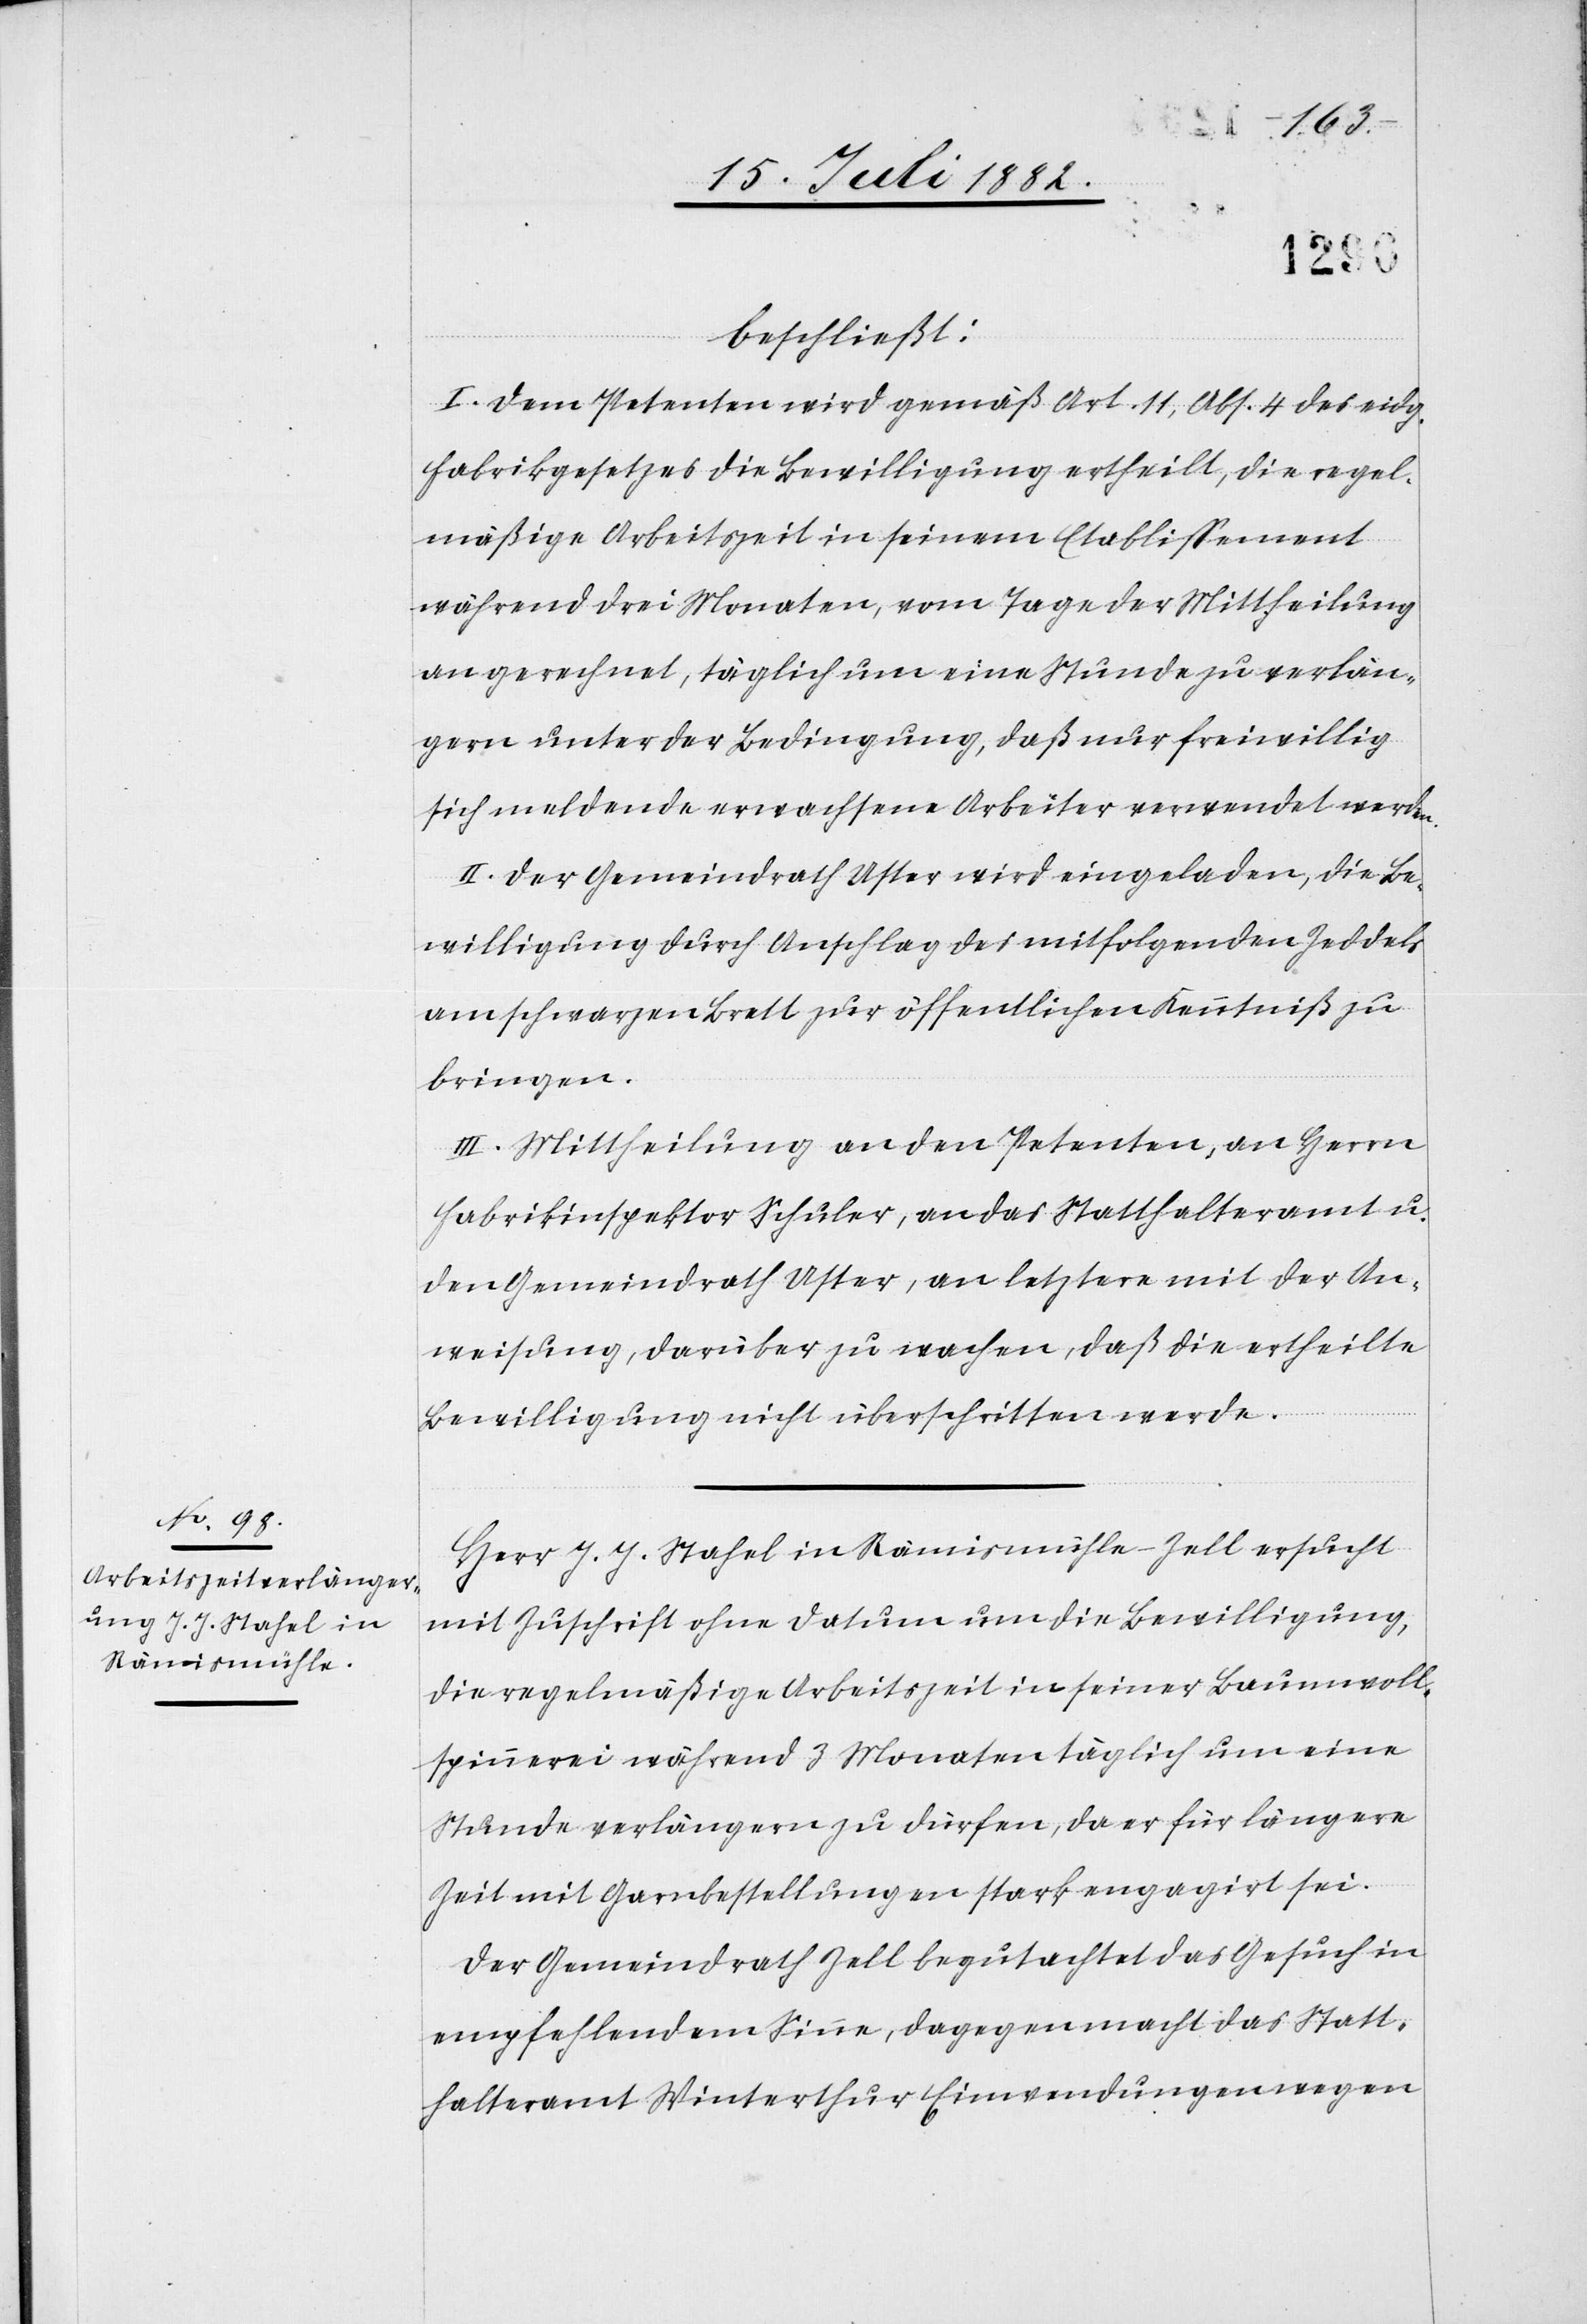
beschließt:
I. Dem Petenten wird gemäß Art. 11, Abs. 4 des eidg.
Fabrikgesetzes die Bewilligung ertheilt, die regel¬
mäßige Arbeitszeit in seinem Etablissement
während drei Monaten, vom Tage der Mittheilung
an gerechnet, täglich um eine Stunde zu verlän¬
gern unter der Bedingung, daß nur freiwillig
sich meldende erwachsene Arbeiter verwendet werden.
II. Der Gemeindrath Uster wird eingeladen, die Be¬
willigung durch Anschlag des mitfolgenden Zeddels
am schwarzen Brett zur öffentlichen Kenntniß zu
bringen.
III. Mittheilung an den Petenten, an Herrn
Fabrikinspektor Schuler, an das Statthalteramt u.
den Gemeindrath Uster, an letztere mit der An¬
weisung, darüber zu wachen, daß die ertheilte
Bewilligung nicht überschritten werde.
Herr J. J. Stahel in Rämismühle - Zell ersucht
mit Zuschrift ohne Datum um die Bewilligung,
die regelmäßige Arbeitszeit in seiner Baumwoll¬
spinnerei während 3 Monaten täglich um eine
Stunde verlängern zu dürfen, da er für längere
Zeit mit Garnbestellungen stark engagirt sei.
Der Gemeindrath Zell begutachtet das Gesuch in
empfehlendem Sinne, dagegen macht das Statt¬
halteramt Winterthur Einwendungen wegen